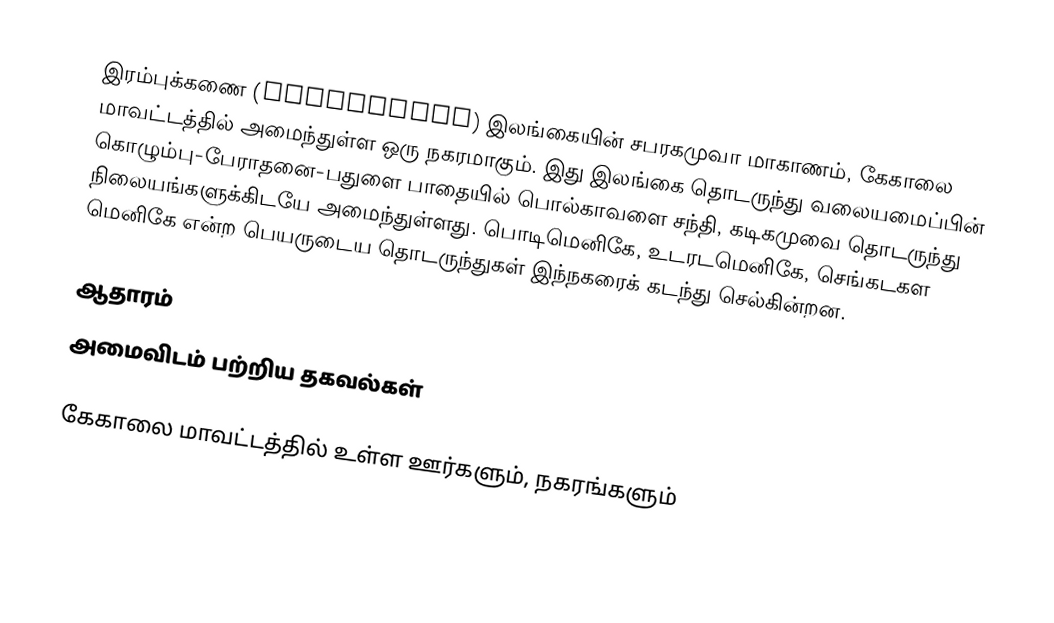
இரம்புக்கணை (Rambukkana) இலங்கையின்  சபரகமுவா மாகாணம், கேகாலை மாவட்டத்தில் அமைந்துள்ள ஒரு நகரமாகும். இது இலங்கை தொடருந்து வலையமைப்பின் கொழும்பு-பேராதனை-பதுளை பாதையில் பொல்காவளை சந்தி, கடிகமுவை தொடருந்து நிலையங்களுக்கிடயே அமைந்துள்ளது. பொடிமெனிகே,   உடரடமெனிகே, செங்கடகள மெனிகே என்ற பெயருடைய தொடருந்துகள் இந்நகரைக் கடந்து செல்கின்றன.

ஆதாரம்
அமைவிடம் பற்றிய தகவல்கள்

கேகாலை மாவட்டத்தில் உள்ள ஊர்களும், நகரங்களும்